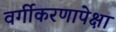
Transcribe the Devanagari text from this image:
वर्गीकरणापेक्षा